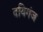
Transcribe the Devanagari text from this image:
दयिगंज